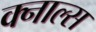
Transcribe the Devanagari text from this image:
क्नाल्स